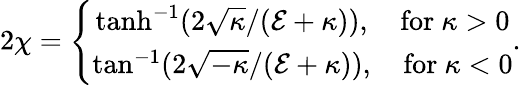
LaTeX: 2\chi=\left\{ \begin{array}{c}{{\operatorname{tanh}^{-1}(2\sqrt{\kappa}/({\cal E}+\kappa)),\quad\mathrm{for~}\kappa>0}}\\ {{\tan^{-1}(2\sqrt{-\kappa}/({\cal E}+\kappa)),\quad\mathrm{for~}\kappa<0}}\end{array}\right..